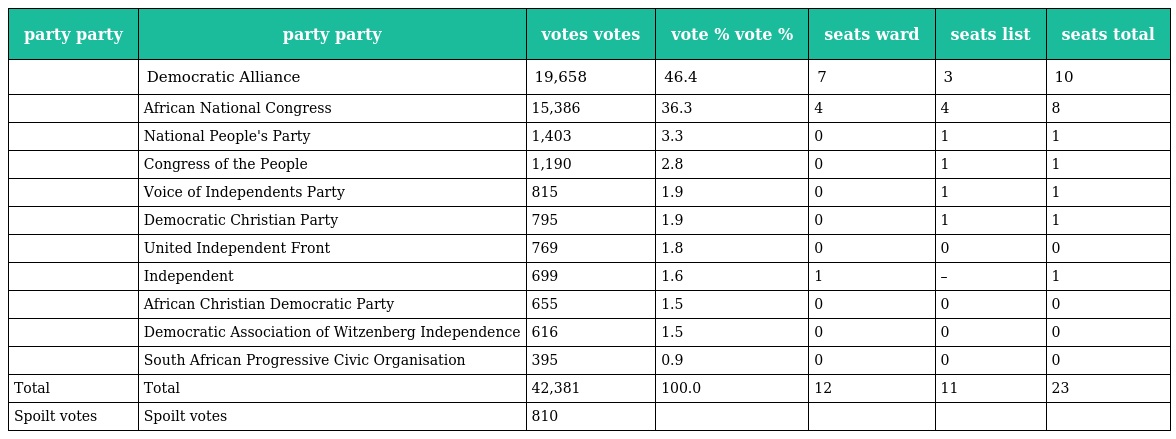
| party party | party party | votes votes | vote % vote % | seats ward | seats list | seats total |
 | --- | --- | --- | --- | --- | --- | --- |
 |  | Democratic Alliance | 19,658 | 46.4 | 7 | 3 | 10 |
 |  | African National Congress | 15,386 | 36.3 | 4 | 4 | 8 |
 |  | National People's Party | 1,403 | 3.3 | 0 | 1 | 1 |
 |  | Congress of the People | 1,190 | 2.8 | 0 | 1 | 1 |
 |  | Voice of Independents Party | 815 | 1.9 | 0 | 1 | 1 |
 |  | Democratic Christian Party | 795 | 1.9 | 0 | 1 | 1 |
 |  | United Independent Front | 769 | 1.8 | 0 | 0 | 0 |
 |  | Independent | 699 | 1.6 | 1 | – | 1 |
 |  | African Christian Democratic Party | 655 | 1.5 | 0 | 0 | 0 |
 |  | Democratic Association of Witzenberg Independence | 616 | 1.5 | 0 | 0 | 0 |
 |  | South African Progressive Civic Organisation | 395 | 0.9 | 0 | 0 | 0 |
 | Total | Total | 42,381 | 100.0 | 12 | 11 | 23 |
 | Spoilt votes | Spoilt votes | 810 |  |  |  |  |